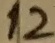
Text: 12